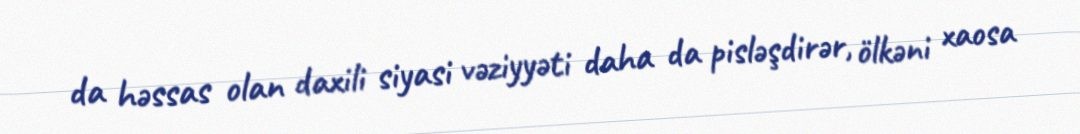
da həssas olan daxili siyasi vəziyyəti daha da pisləşdirər, ölkəni xaosa